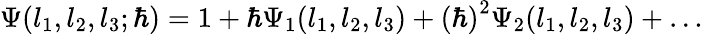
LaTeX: \Psi(l_{1},l_{2},l_{3};\hbar)=1+{\hbar}\Psi_{1}(l_{1},l_{2},l_{3})+\left(\hbar\right)^{2}\Psi_{2}(l_{1},l_{2},l_{3})+\ldots